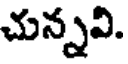
చున్నవి.